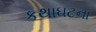
કથાઘટના